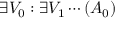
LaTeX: \exists V _ { 0 } : \exists V _ { 1 } \cdots ( A _ { 0 } )